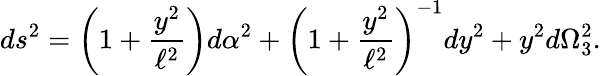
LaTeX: ds^{2}=\left(1+\frac{y^{2}}{\ell^{2}}\right)d\alpha^{2}+\left(1+\frac{y^{2}}{\ell^{2}}\right)^{-1}dy^{2}+y^{2}d\Omega_{3}^{2}.